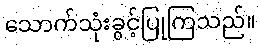
သောက်သုံးခွင့်ပြုကြသည်။